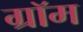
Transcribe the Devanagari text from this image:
ग्रॉम